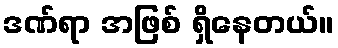
ဒဏ်ရာ အဖြစ် ရှိနေတယ်။